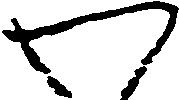
わ